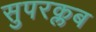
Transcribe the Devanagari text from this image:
सुपरक्लब